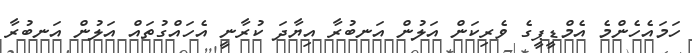
ހަމައެހެންމެ އެމްޑީޕީގެ ވެރިކަން އަލުން އަނބުރާ އިޔާދަ ކުރާނީ އެހައްގުތައް އަލުން އަނބުރާ